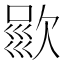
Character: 𣣦